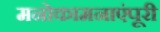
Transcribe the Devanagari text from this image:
मनोकामनाएंपूरी